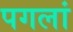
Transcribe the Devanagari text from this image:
पगलां